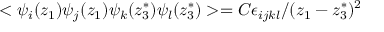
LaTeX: < \psi _ { i } ( z _ { 1 } ) \psi _ { j } ( z _ { 1 } ) \psi _ { k } ( z _ { 3 } ^ { * } ) \psi _ { l } ( z _ { 3 } ^ { * } ) > = C \epsilon _ { i j k l } / ( z _ { 1 } - z _ { 3 } ^ { * } ) ^ { 2 }